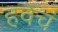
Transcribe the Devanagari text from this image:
हवेचं